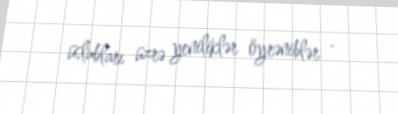
üslubları üzrə yeniliklər öyrəniblər .